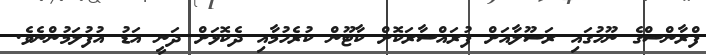
ފްރާންސްގެ ނޫހުގައި ރަސޫލާއަށް ފުރައްސާރަކޮށް ކާޓޫން ކުރެހުމާއި ދެކޮޅަށް ދަނީ އަޑު އުފުލަމުންނެވެ.